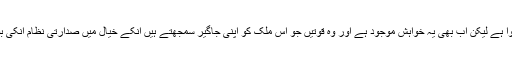
اگرچہ صدارتی تجربہ یہاں پر ناکام ہوا ہے لیکن اب بھی یہ خواہش موجود ہے اور وہ قوتیں جو اس ملک کو اپنی جاگیر سمجھتے ہیں انکے خیال میں صدارتی نظام انکی بقاء کے لیئے بھی انتہائی موزوں ہے۔